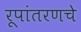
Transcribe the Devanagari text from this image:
रूपांतरणचे